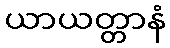
ယာယတ္တာနံ